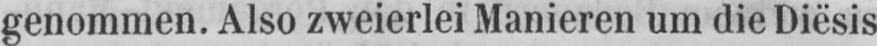
genommen. Also zweierlei Manieren um die Diësis